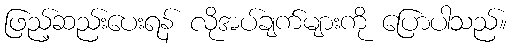
ဖြည့်ဆည်းပေးရန် လိုအပ်ချက်များကို ပြောပါသည်။